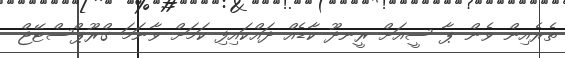
ތެރެއިން ވެން ޕާ ސީއަށް ރީނދޫ ކާޑެއް ދައްކައިފި ކަމަށް ވާނަމަ ގްރޫޕްސްޓޭޖް